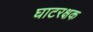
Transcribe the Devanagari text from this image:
घाटरक्षक